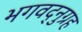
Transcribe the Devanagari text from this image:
भगवद्नुग्रह